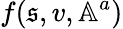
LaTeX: f(\mathfrak{s},v,\mathbb{A}^{a})